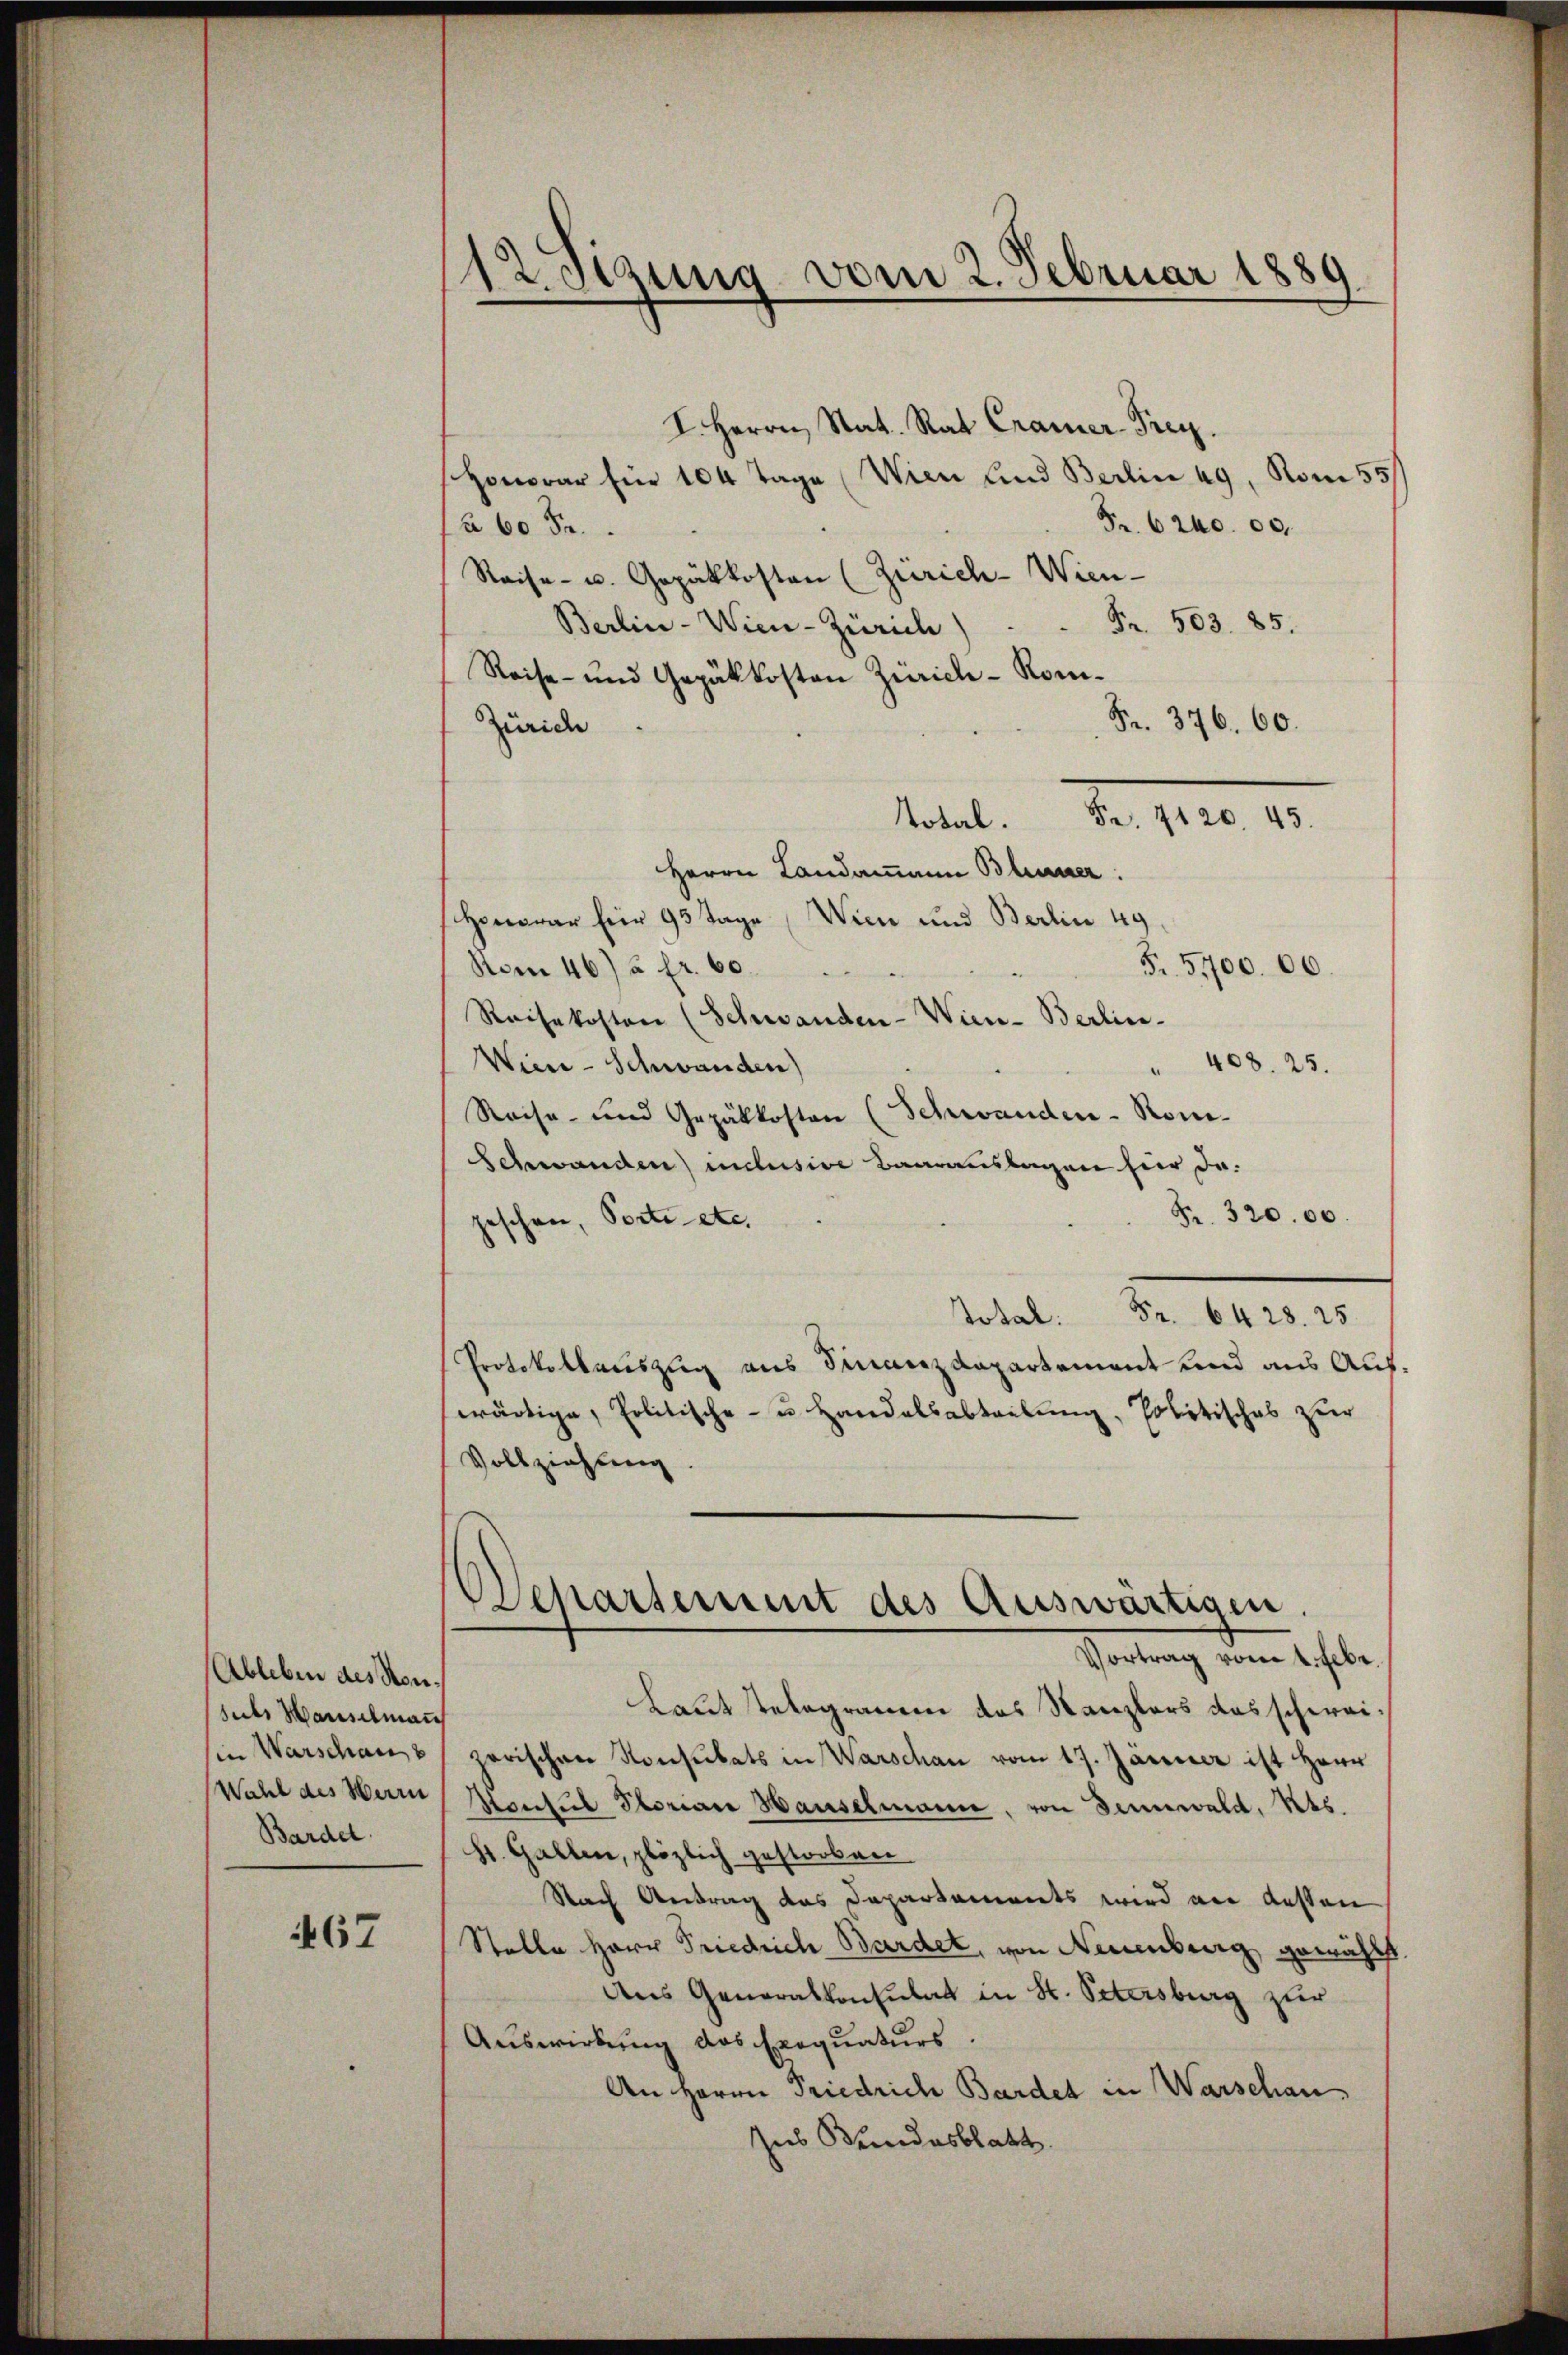
Ableben des Sonsuls Hauselmann
in Warschau
Wahl des Herrn
Bardd.

67

12. Sizung vom 2. Februar 1889

I. Herrn Stat. Rat Cramer-Prey.
Honorar für 104 Tage (Wien und Berlin 49, Rom 55/
Fr. 6240. 00.
à 60 Fr.
Reise- u. Gepäkkosten (Zürich-Wien-
Berlin - Wien-Zürich) . . Fr. 503. 85.
Reise- und Gepäkkosten Zürich-Kom¬
Fr. 376. 60.
Züric
Metal. Fr. 110. 10.
Herrn Landammann Blumer:
Honorar für 93 Tage (Wien und Berlin 49
F. 5100. 00.
Rom 46) u. fr. 60.
Reisekosten (Schwanden-Wien- Berlin-
Wicce-Schwanden)
" 408. 25.
Reise- und Gepäkkosten (Schwanden - Ron-
Schwanden) inclusive Baarauslagen hier da¬
Fr. 32000.
geschwer, Porte etc.
Total Fr. 6428. 25.
Protokollauszug aus Finanzdepartement und aus Aufwärtige, Politische- u. Handelsabtretung, Politisches zur
Vollziehung
Departemmt des Auswärtigen
Vortrag vom 1. Febr.
Laut stelegramen das Kanzlers das schweizerischen Konsulats in Warschau vom 17. Januar ist Herr
Mansul Storian Hauselmann, von demwald, Kts.
St. Gallen, plözlich gestorben
Nach Antrag des Departaments wird an dessen
Stelle Herr Friedrich Bardet, von Neuenburg gewählt.
Aus Generalkonsulat in St. Petersburg zur
Auswirkung das Exequaturs
An Herrn Friedrich Bardet in Warschau
Ins Bundesblatt.